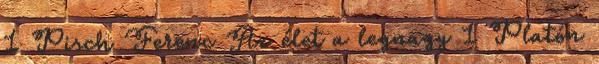
1 Pisch Ferenc Az élet a legnagy 1 Platón